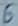
Text: 6